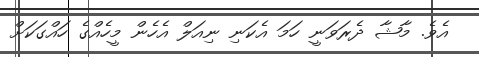
އެވެ. މާޝާ ދެރަވަނީ ހަމަ އެކަނި ނިއަލް އެހެން މީހެއްގެ ހައްގަކަށް